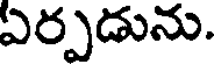
ఏర్పడును.